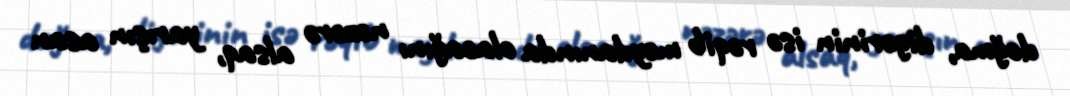
doğma, digərinin isə rəqib meydanında olacağını nəzərə alsaq, yarışın asan